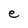
Character: e